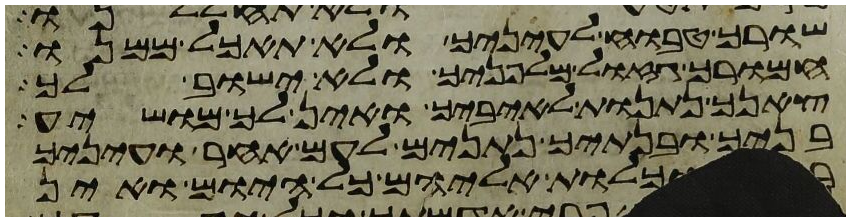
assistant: שורך טבוח לעיניך ולא תאכל ממנו
חמורך גזול מלפניך ולא ישוב לך
צאנך נתנות לאיביך ואין לך מושיע
בניך ובנתיך נתנים לעם אחר ועיניך
וכלות אליהם כל היום ואין